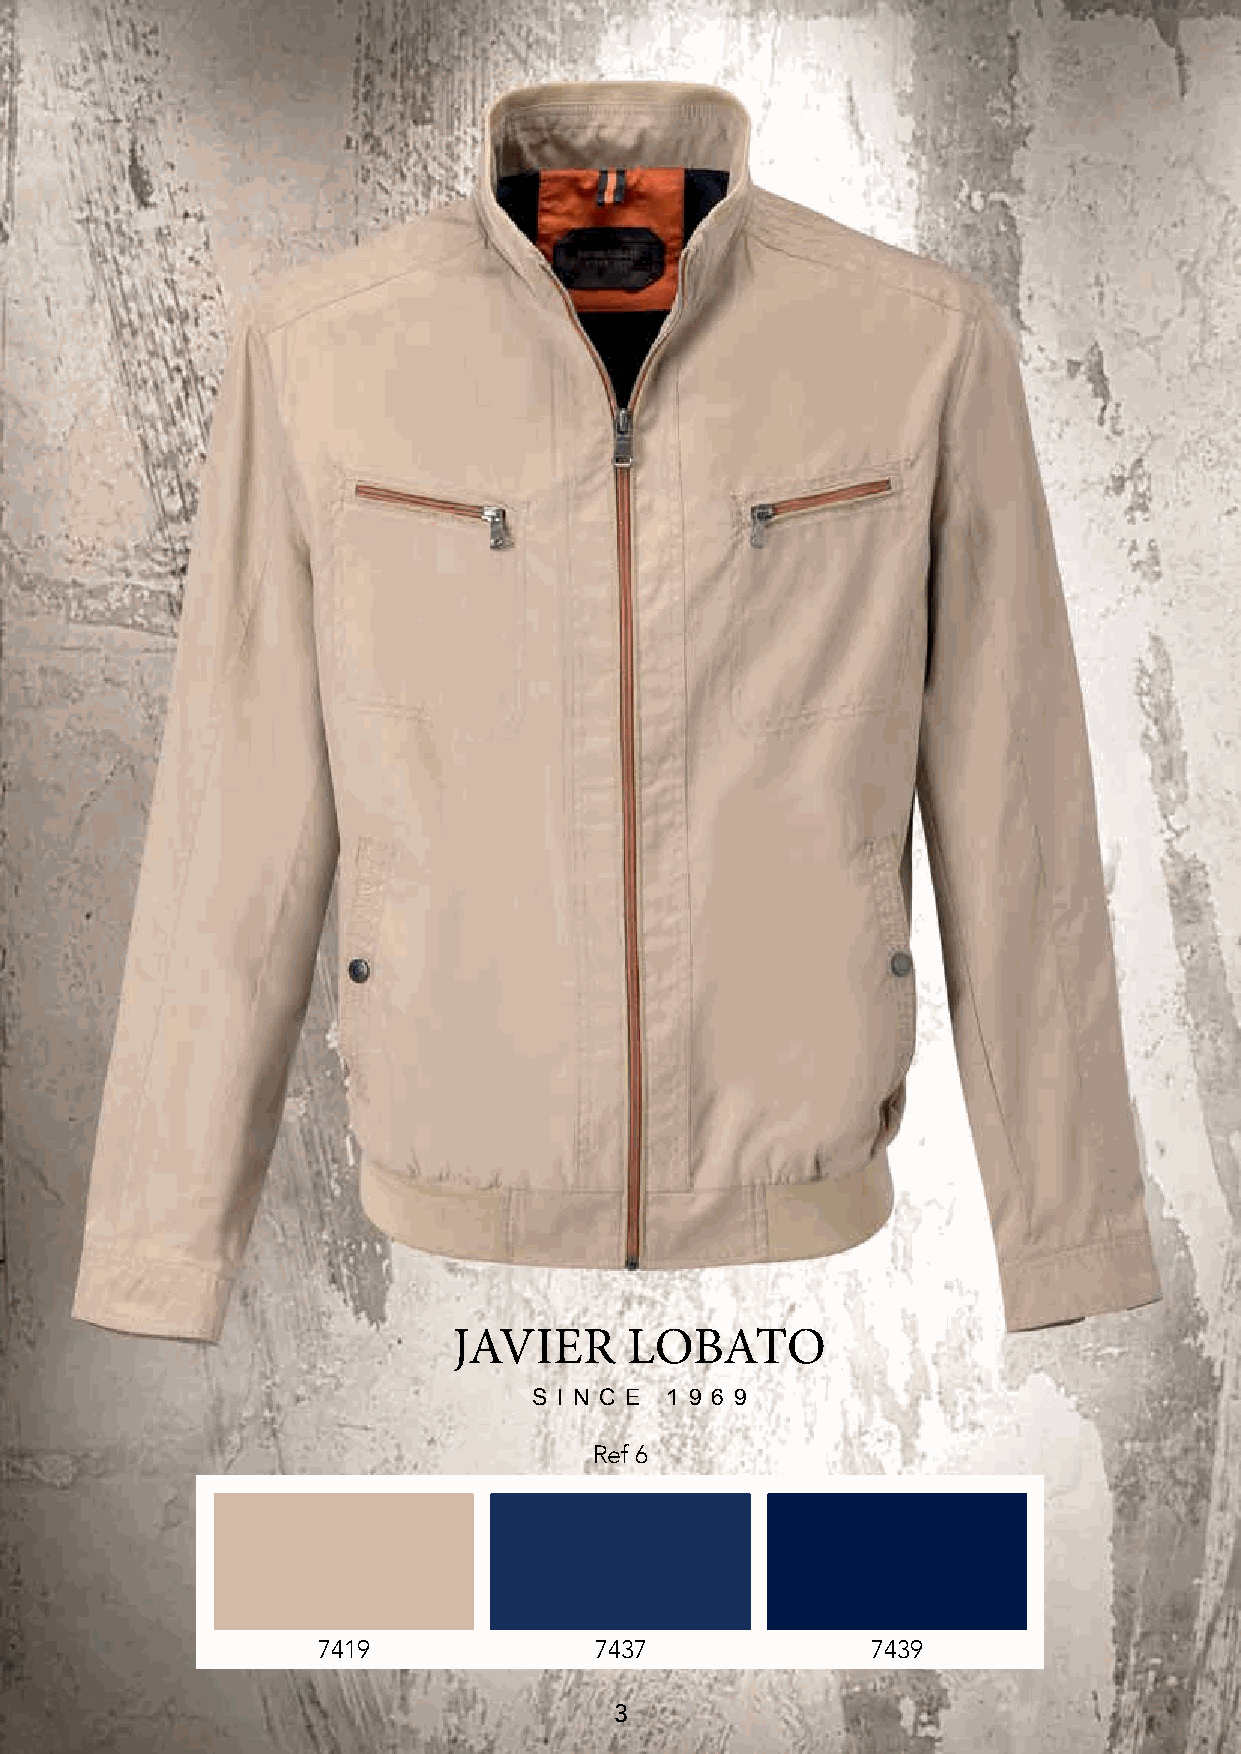
JAVIER     LOBATO
 S I N C E 1 9 6 9
 Ref 6
 7419              7437               7439
 3